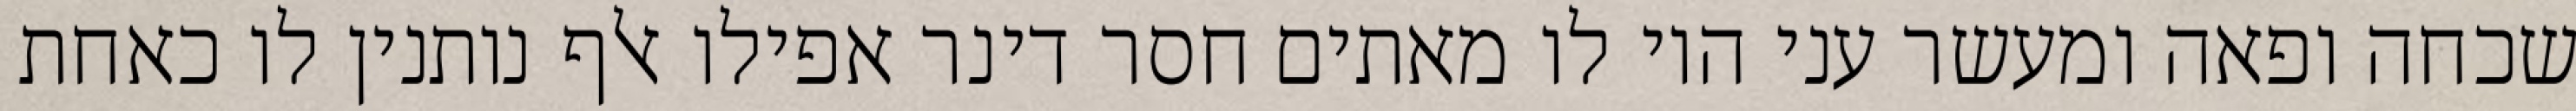
שכחה ופאה ומעשר עני היו לו מאתים חסר דינר אפילו אלף נותנין לו כאחת